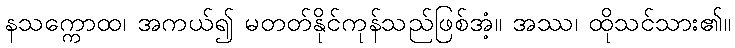
နသက္ကောထ၊ အကယ်၍ မတတ်နိုင်ကုန်သည်ဖြစ်အံ့။ အဿ၊ ထိုသင်သား၏။